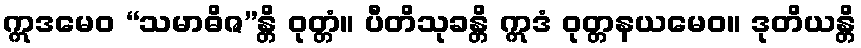
ဣဒမေဝ “သမာဓိဇ”န္တိ ဝုတ္တံ။ ပီတိသုခန္တိ ဣဒံ ဝုတ္တနယမေဝ။ ဒုတိယန္တိ